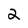
Character: 2